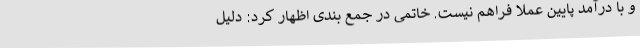
و با درآمد پایین عملا فراهم نیست. خاتمی در جمع بندی اظهار کرد: دلیل